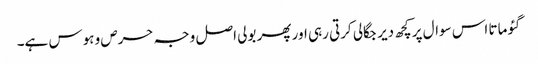
گئو ماتا اس سوال پر کچھ دیر جگالی کرتی رہی اور پھر بولی اصل وجہ حرص و ہوس ہے۔